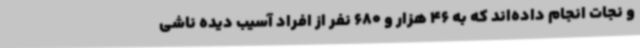
و نجات انجام داده‌اند که به 46 هزار و 680 نفر از افراد آسیب دیده ناشی